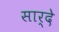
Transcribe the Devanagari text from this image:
सार्दे